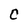
Character: C